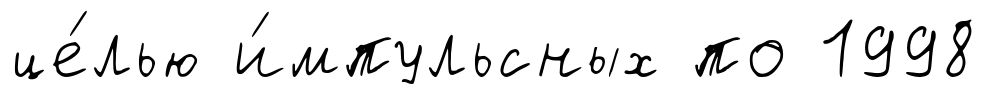
це́лью и́мпульсных по 1998